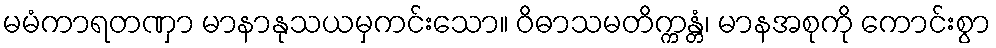
မမံကာရတဏှာ မာနာနုသယမှကင်းသော။ ဝိဓာသမတိက္ကန္တံ၊ မာနအစုကို ကောင်းစွာ